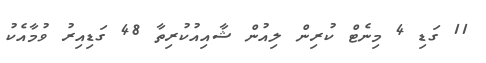
11 ގަޑި 4 މިނެޓް ކުރިން ލިއުން ޝާއިއުކުރިތާ 48 ގަޑިއިރު ވުމާއެކު